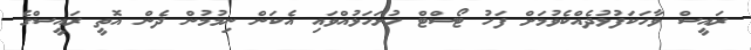
ރައީސް ވާހަކަފުޅުދެއްކެވުމަށް ފަހު ޓޯސްޓް ހުށަހަޅުއްވައި އެކަން ނިމުމުން ދެން އޮތީ ރައީސްގެ